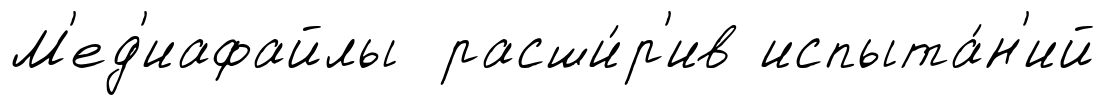
М'ед'иафайлы расши́р'ив испыта́н'ий